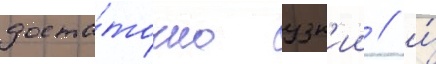
доста́точно узк'ии / и́